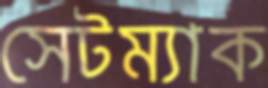
সেটম্যাক